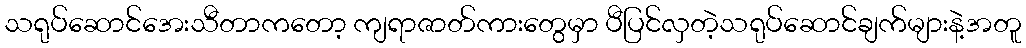
သရုပ်ဆောင်အေးသီတာကတော့ ကျရာဇာတ်ကားတွေမှာ ပီပြင်လှတဲ့သရုပ်ဆောင်ချက်များနဲ့အတူ